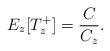
LaTeX: \begin{align*} E_z[T^+_z] = \frac{C}{C_z}.\end{align*}